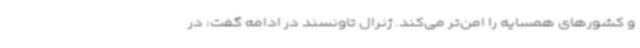
و کشورهای همسایه را امن‌تر می‌کند. ژنرال تاونسند در ادامه گفت: در